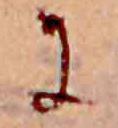
に